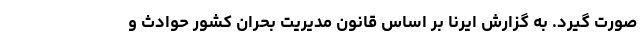
صورت گیرد. به گزارش ایرنا بر اساس قانون مدیریت بحران کشور حوادث و